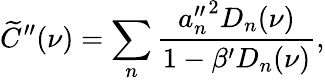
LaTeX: \widetilde{C}^{\prime\prime}(\nu)=\sum_{n}\frac{{a_{n}^{\prime\prime}}^{2}D_{n}(\nu)}{1-\beta^{\prime}D_{n}(\nu)},